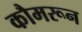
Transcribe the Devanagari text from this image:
कौमरून